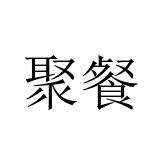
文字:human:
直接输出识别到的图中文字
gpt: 聚餐